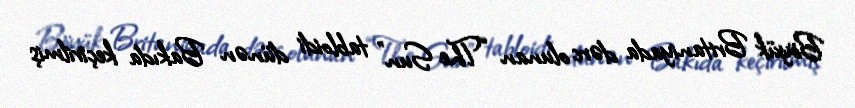
Böyük Britaniyada dərc olunan “The Sun” tabloidi dünən Bakıda keçirilmiş